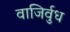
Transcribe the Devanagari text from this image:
वाजिर्वुध